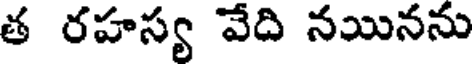
త రహస్య వేది నయినను